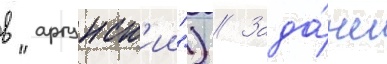
в "аргунск'ии") // Зада́чи